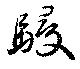
駸